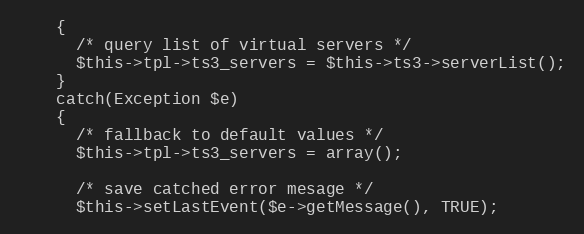
Language: PHP
    {
      /* query list of virtual servers */
      $this->tpl->ts3_servers = $this->ts3->serverList();
    }
    catch(Exception $e)
    {
      /* fallback to default values */
      $this->tpl->ts3_servers = array();

      /* save catched error mesage */
      $this->setLastEvent($e->getMessage(), TRUE);